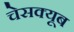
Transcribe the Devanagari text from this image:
चेसक्यूब